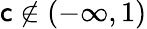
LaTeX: \mathsf{c}\notin(-\infty,1)